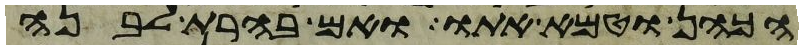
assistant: הכהן וטמא אתו ואם בהרת לבנה